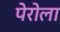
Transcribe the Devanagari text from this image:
पेरोला